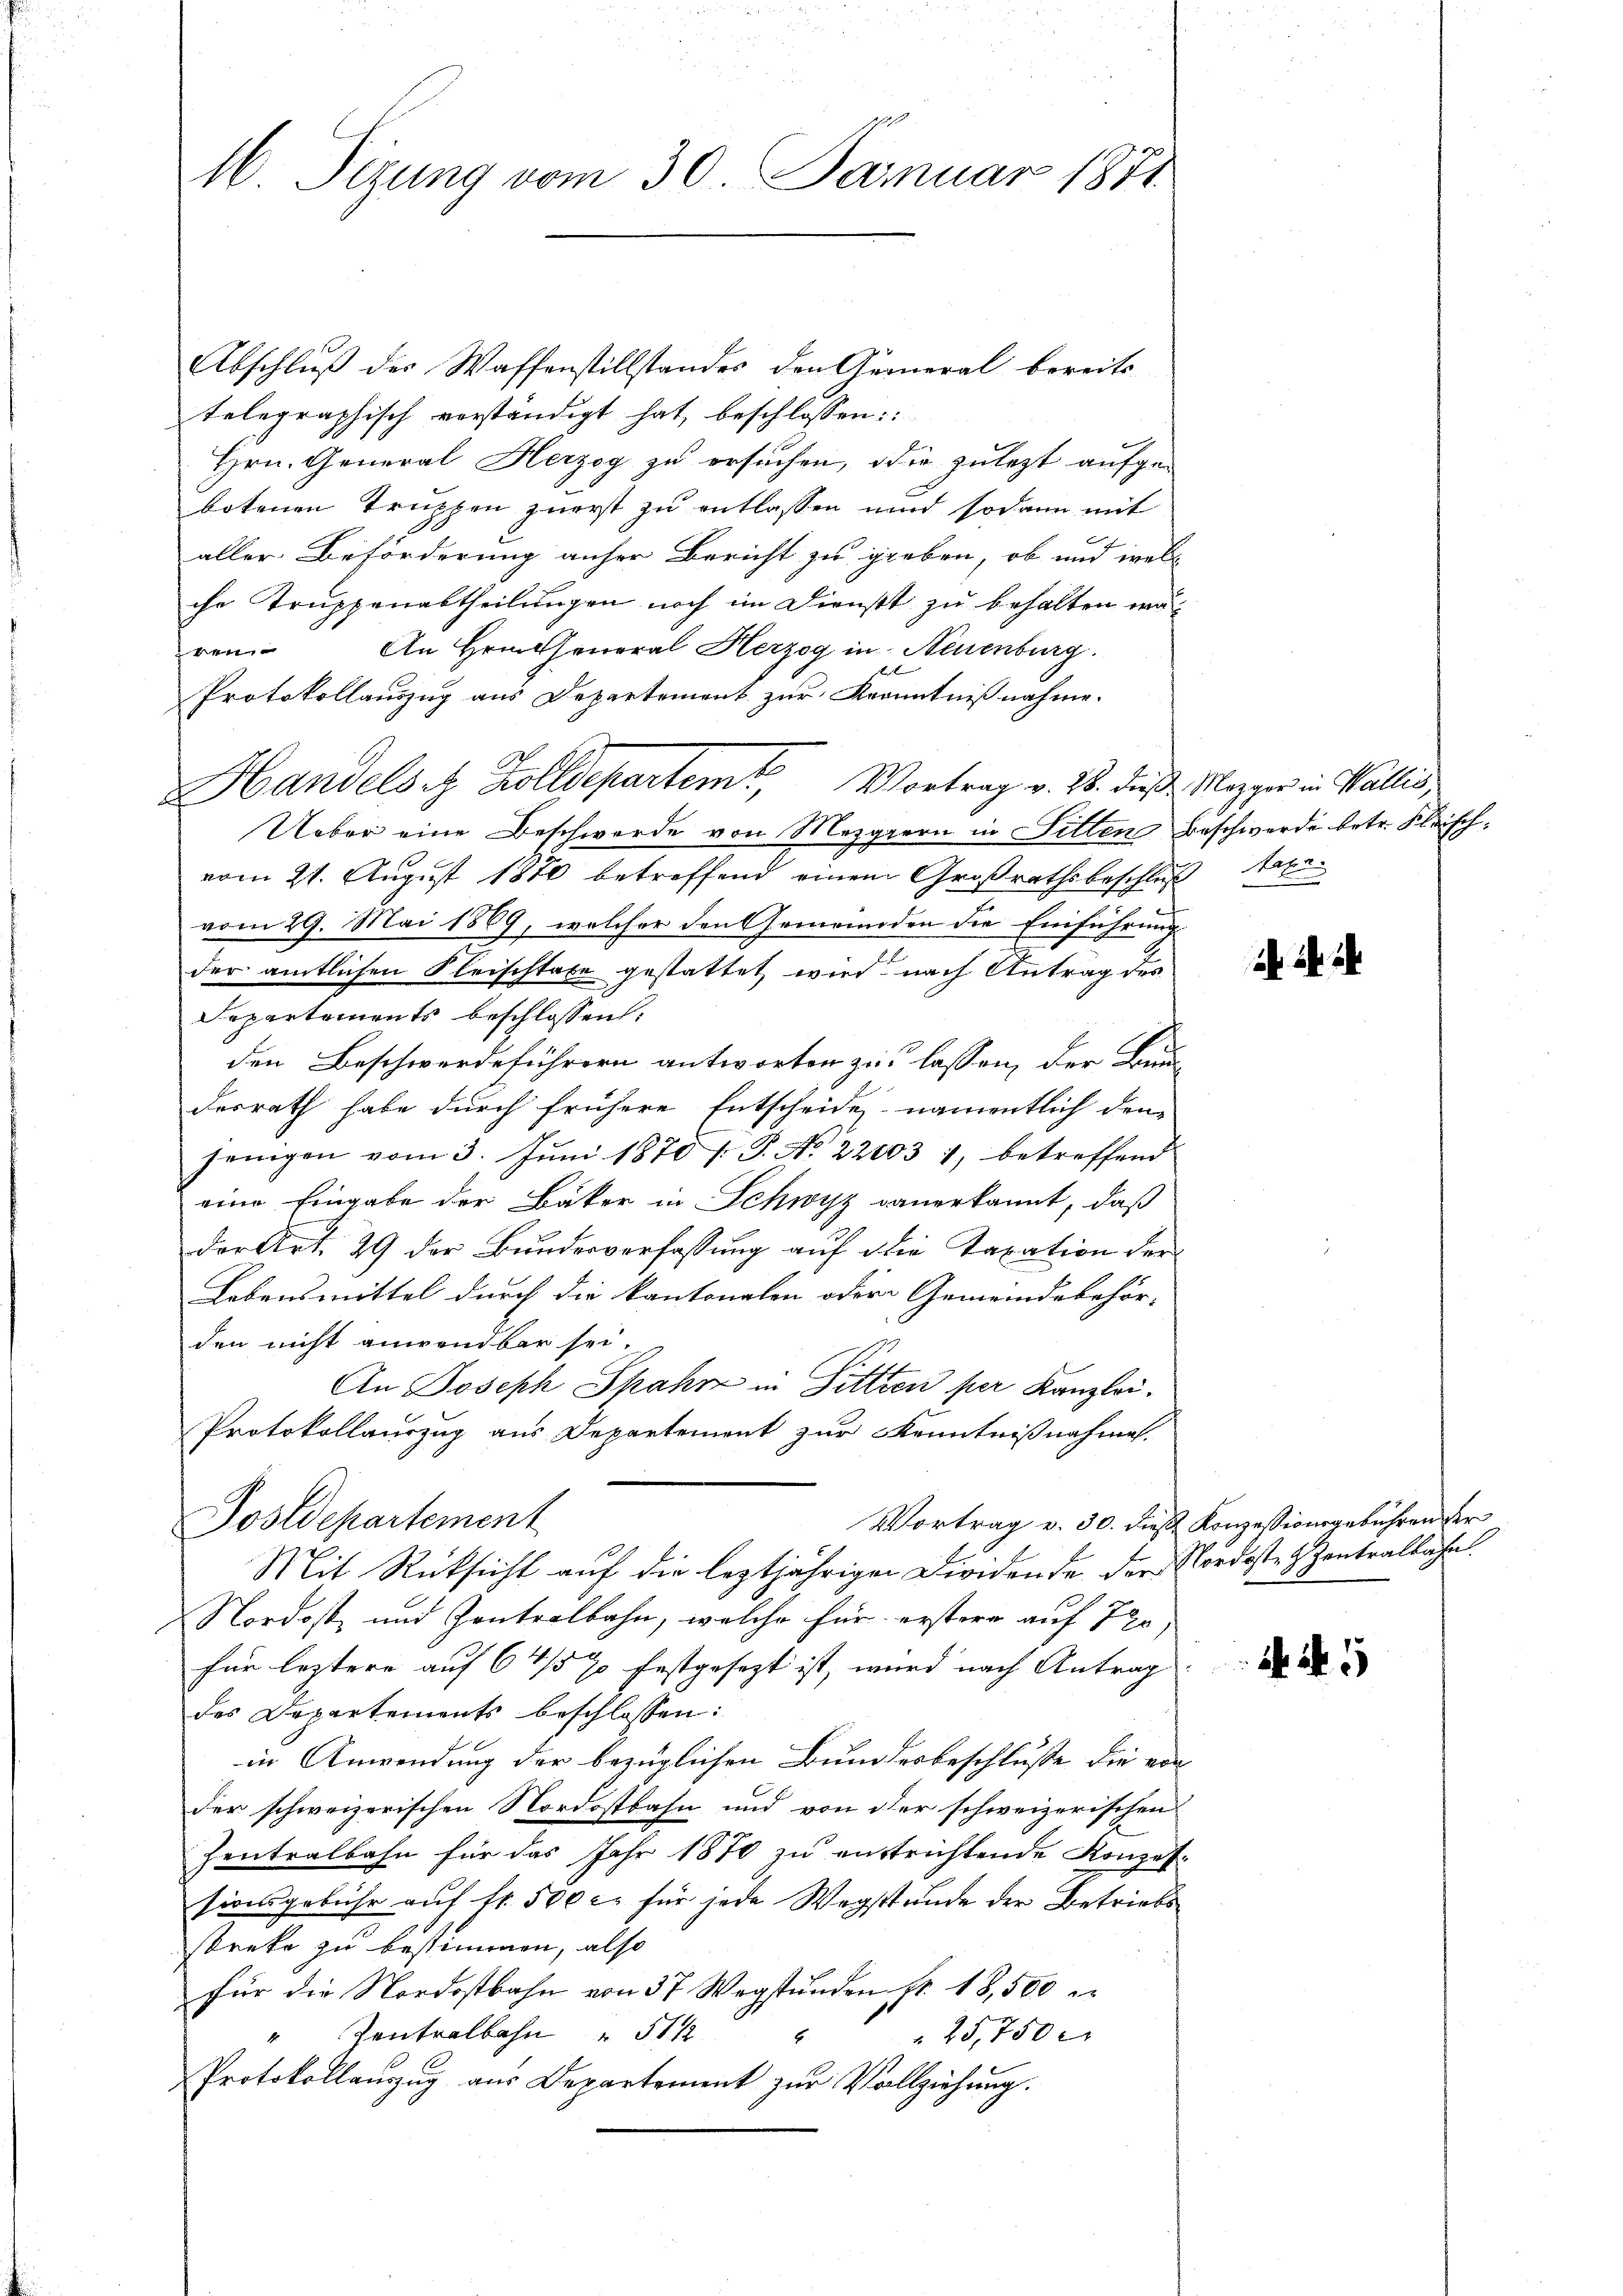
Abschluß des Waffenstillstandes den General bereits
telegraphisch vorständigt hat, beschlossen:
Hrn. General Herzog zu ersuchen, die zulezt aufge-
botenen Truppen zuerst zu entlassen und sodann mit
aller Beförderung anher Bericht zu gieben, ob und wel-
che Truppenabtheilungen noch im Dienst zu behalten wären. An Heitheneral Herzog in Neuenburg.
Protokollauszug aus Departement zur Kenntnißnahme.
Ueber eine Beschwerde von Mezgern in Sitten Beschwerde betr. Fleischvom 21. August 1870 betreffend einem Großrathsbeschluß abe
vom 29. Mai 1889, welcher den Gemeinden die Einführung
der amtlichen Fleischtabe gestattet wird nach Antrag des
Departements beschlossen:
den Beschwerdeführern antworten zu lassen, der Bun-
desrath habe durch frühere Entscheide, namentlich den
jenigen vom 3. Juni 1870 / P. No 22003 1, betreffend
eine Eingabe der Bäker in Schwyz danerkannt, daß
der Art. 29 der Bundesverfassung auf die Taxation der
Lebensmittel durch die kantonalen oder Gemeindebehör- |
den nicht anwendbar sei.
An Joseph Spahn in Sitten per Kanzlei¬
Protokollauszug aus Departement zur Kenntnißnahmes.
Vortrag v. 30. dieß Konzessionsgebühren der
Postdepartement
Mit Rücksicht auf die leztjährigen Dividende der Nordosten Zentralbahn.
Nordost und Zentralbahn, welche für erstere auf 72,
für leztere auf 6 4/5 % festgesezt ist, wird nach Antrag
des Departements beschlossen:
in Anwendung der bezüglichen Bundesbeschlusse die von
der schweizerischen Nordostbahn und von der schweizerischen
Zentralbahn für das Jahr 1870 zu entrichtende Konzessionsgebühr auf fr. 500 c. für jede Wegstunde der Betriebs
streke zu bestimmen, also
für die Nordostbahn von 37 Wegstunden fr. 18,500
Zentralbahn 5 1/2
25,750
6
Protokollanzug aus Departement zur Vollziehung.

16 Sizung vom 30. Januar 1851

s
Handelst Zolldepartem Vortrag v. 28. dieß Mezger in Wallis,

25